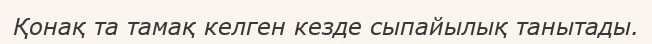
Қонақ та тамақ келген кезде сыпайылық танытады.